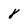
Character: 8